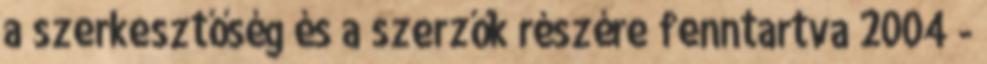
a szerkesztőség és a szerzők részére fenntartva 2004 -